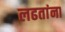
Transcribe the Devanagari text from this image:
लढतांना